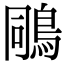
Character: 𪀭